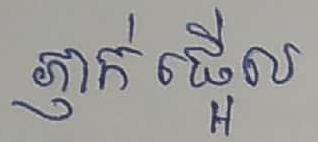
ភ្ញាក់ផ្អើល